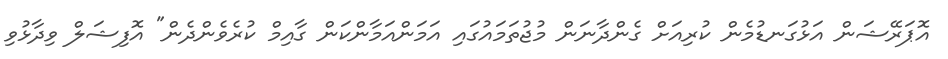
އޮޕަރޭޝަން އަޅުގަނޑުމެން ކުރިއަށް ގެންދާނަން މުޖުތަމައުގައި އަމަންއަމާންކަން ގާއިމް ކުރެވެންދެން" އޮފިޝަލް ވިދާޅުވި